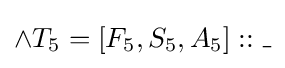
\land T_{5}=[F_{5},S_{5},A_{5}]::\_